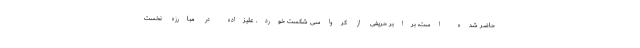
حاضر شده است، برابر حریفی از کرواسی شکست خورد. علیزاده در مبارزه نخست